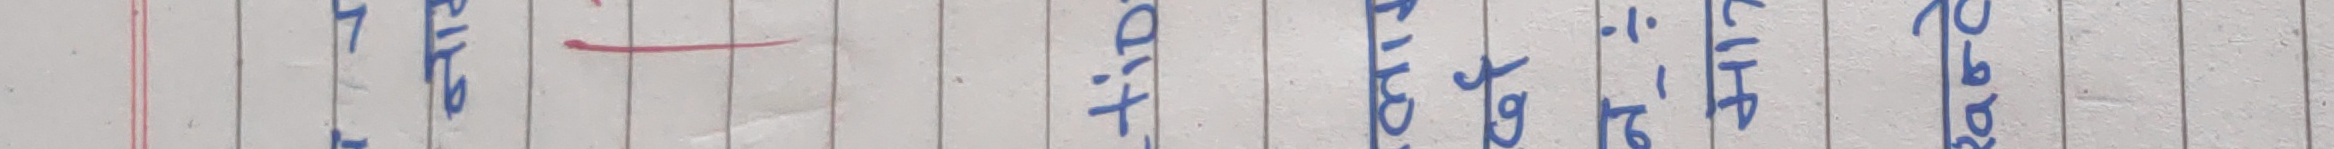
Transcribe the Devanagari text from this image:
आदिबाट आएर